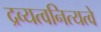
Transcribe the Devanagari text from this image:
द्रव्यत्वनित्यत्वे